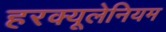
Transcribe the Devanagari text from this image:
हरक्यूलेनियम